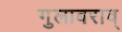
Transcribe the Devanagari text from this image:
गुलाबराव्